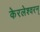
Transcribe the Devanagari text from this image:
केरलेश्वरन्